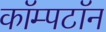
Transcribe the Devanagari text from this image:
कॉम्पटॉन